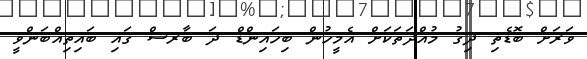
ވަރަށް ބޮޑެތި ދިގު މުއްދަތަކަށް އެމީހުން ބިހައިންޑް ދަ ބާރސް ގައި ބައިތިއްބަންވީ